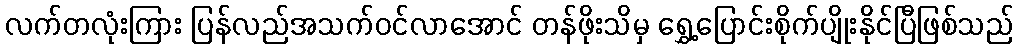
လက်တလုံးကြား ပြန်လည်အသက်ဝင်လာအောင် တန်ဖိုးသိမှ ရွှေ့ပြောင်းစိုက်ပျိုးနိုင်ပြီဖြစ်သည်